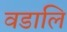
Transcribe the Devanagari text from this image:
वडालि